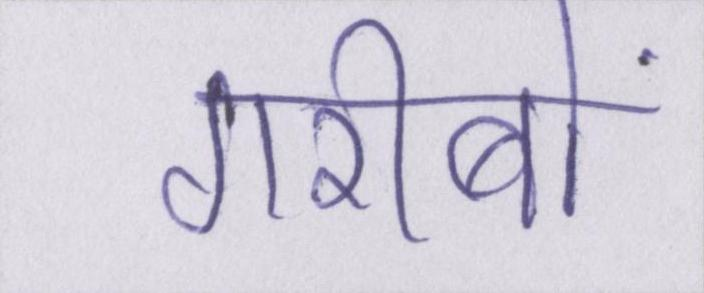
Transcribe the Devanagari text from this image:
गरीबों